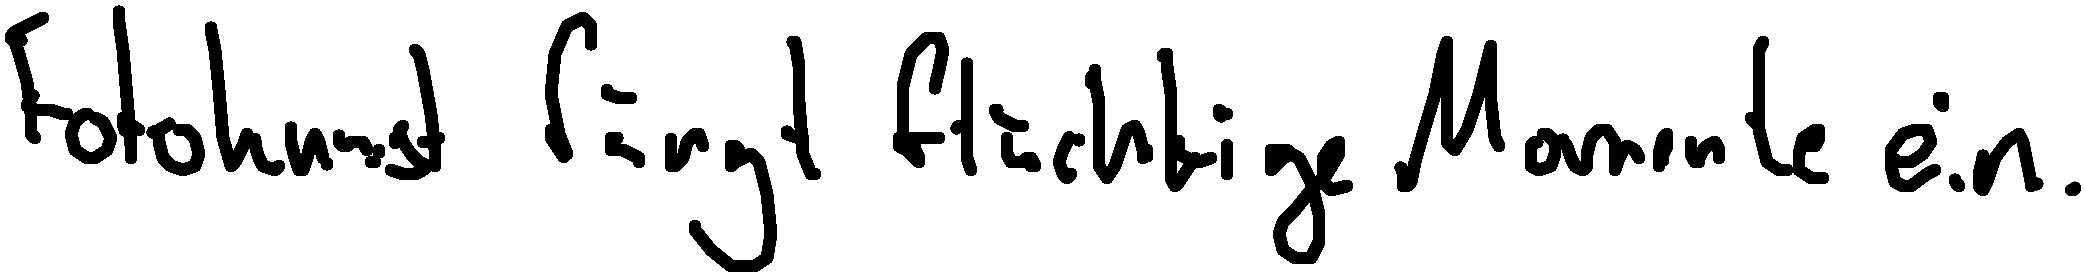
Fotokunst fängt flüchtige Momente ein.